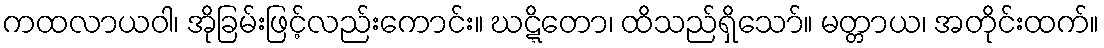
ကထလာယဝါ၊ အိုခြမ်းဖြင့်လည်းကောင်း။ ဃဋ္ဋိတော၊ ထိသည်ရှိသော်။ မတ္တာယ၊ အတိုင်းထက်။